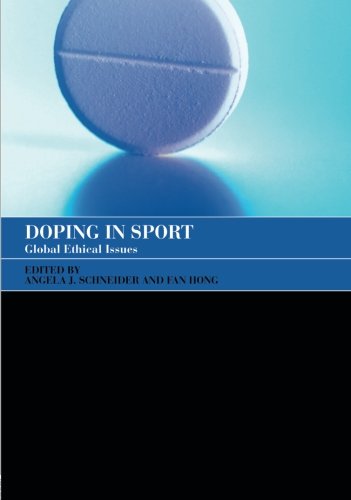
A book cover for Doping in Sport: Global Ethical Issues (Sport in the Global Society); Sports & Outdoors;